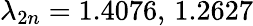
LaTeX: \lambda_{2n}=1.4076,\, 1.2627